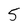
Character: 5